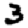
Digit: 3